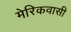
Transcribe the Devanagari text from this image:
मेरिकवासी